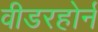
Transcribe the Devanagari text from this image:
वीडरहोर्न